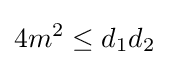
4m^{2}\leq d_{1}d_{2}